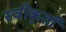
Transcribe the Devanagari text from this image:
स्वीकृर्ता